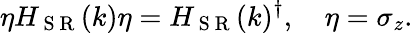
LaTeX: \eta H_{\mathrm{~S~R~}}(k)\eta=H_{\mathrm{~S~R~}}(k)^{\dagger},\quad\eta=\sigma_{z}.